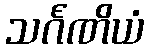
သင်္ဂဏိယံ